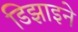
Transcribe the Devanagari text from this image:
डिझाइने